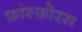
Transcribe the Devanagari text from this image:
फ़ांस्फ़ोरस